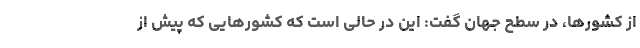
از کشورها، در سطح جهان گفت: این در حالی است که کشورهایی که پیش از